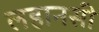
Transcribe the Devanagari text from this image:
लहानसी